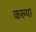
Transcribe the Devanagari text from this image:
करुथा